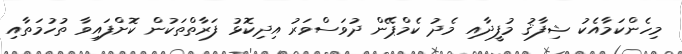
މިހެންކަމާއެކު ޝިފާޤު މުފީދާއި މެދު ކެމްޕޭން ދުވަސްވަރު އިދިކޮޅު ފަރާތްތަކުން ކޮށްފައިވާ ތުހުމަތާއި